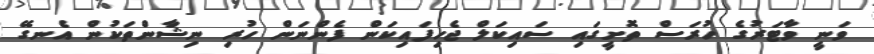
ވަނީ ވާޓަރުގެ ހުރަސް ތޮށީގައި ސައިކަލް ޖެހިފައިކަން ފެންނަން ހުރި ނިޝާންތަކުން އެނގޭ